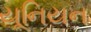
યૂનિયન